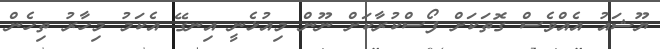
ޔޫޝައު އެއްވެސް ގޮތަކަށް ފޯސްކުރާކަށް ނޫން މިއުޅެނީ އިނގޭ އެކަމު މިހާރު ތިހެން